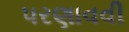
પરણાવવી